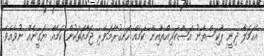
އެހަމަލާ ދިނީ ޕާކިސްތާނު އަސްކަރިއްޔާއިން ކަމެއް ހަނގުރާމަވެރި ޖަމާއަތަކުން ކަމެއް ޔަގީނެއް ނުވެއެވެ.